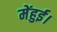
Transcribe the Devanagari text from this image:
मेंहुई।